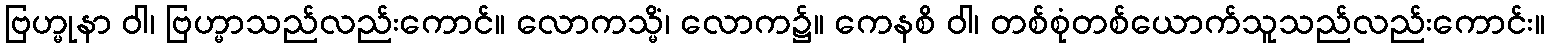
ဗြဟ္မုနာ ဝါ၊ ဗြဟ္မာသည်လည်းကောင်။ လောကသ္မိံ၊ လောက၌။ ကေနစိ ဝါ၊ တစ်စုံတစ်ယောက်သူသည်လည်းကောင်း။